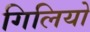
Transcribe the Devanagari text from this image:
गिलियो